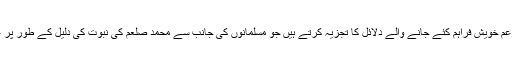
سب سے پہلے ہم ان چند بزعم خویش فراہم کئے جانے والے دلائل کا تجزیہ کرتے ہیں جو مسلمانوں کی جانب سے محمد صلعم کی نبوت کی دلیل کے طور پر عموماً پیش کئے جاتے ہیں۔